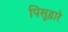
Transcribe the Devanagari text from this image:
पिसूद्वारे